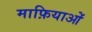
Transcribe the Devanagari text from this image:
माफ़ियाओं